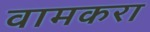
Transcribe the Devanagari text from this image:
वामकरा